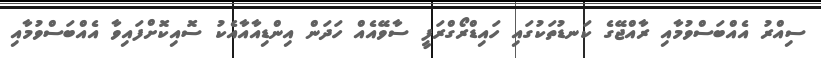
ސިއްރު އެއްބަސްވުމާއި ރާއްޖޭގެ ކަނޑުތަކުގައި ހައިޑްރޯގްރަފީ ސާވޭއެއް ހަދަން އިންޑިއާއާއެކު ސޮއިކޮށްފައިވާ އެއްބަސްވުމާއި